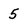
Character: 5